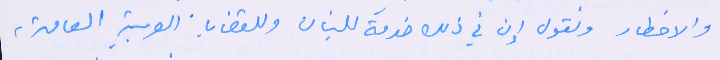
والاخطار ونقول إن في ذلك خدمَة للبنان وللقضايا. العربية العامة،